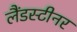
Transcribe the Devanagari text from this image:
लैंडस्टीनर